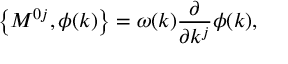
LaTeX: \left\{ M ^ { 0 j } , \phi ( k ) \right\} = \omega ( k ) \frac \partial { \partial k ^ { j } } \phi ( k ) ,